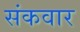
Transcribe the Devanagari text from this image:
संकवार